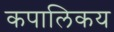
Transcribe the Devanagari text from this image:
कपालिकय